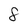
Character: 8